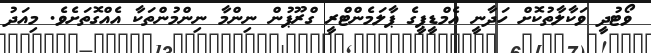
ވޯޓުދީ ވަކާލާތުކޮށް ހަދާނީ އެމްޑީޕީގެ ޕާލަމެންޓްރީ ގްރޫޕުން ނިންމާ ނިންމުންތަކާ އެއްގޮތަށެވެ. މިއަދު